Lunatic asylums Punjab 1895-1910 - 1895-1910
Year: 1895
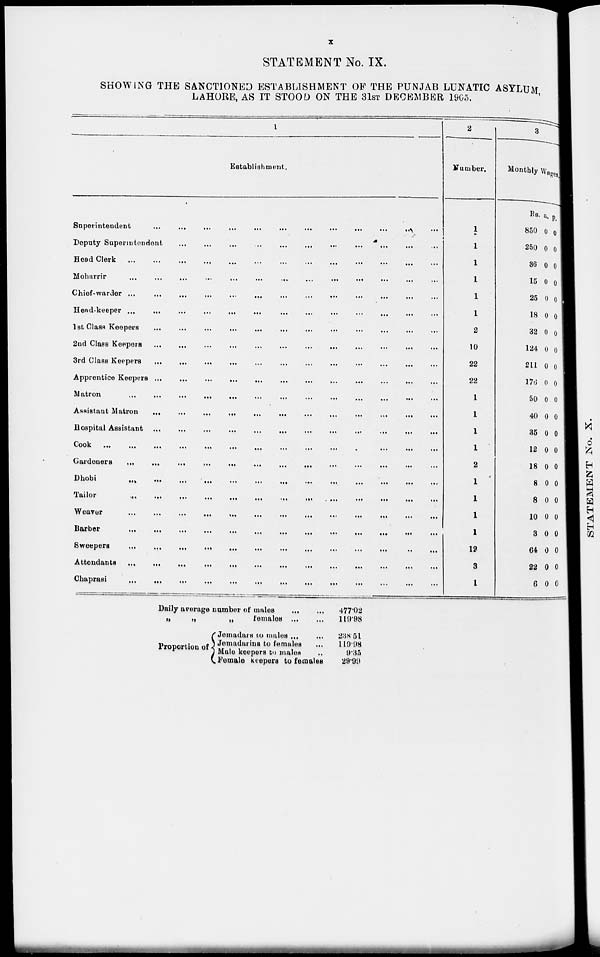
x
STATEMENT No. IX.
SHOWING THE SANCTIONED ESTABLISHMENT OF THE PUNJAB LUNATIC ASYLUM,
LAHORE, AS IT STOOD ON THE 31 ST DECEMBER 1905.
1
Establishment.
Superintendent ... ... ... ... ... ... ... ... ... ...
Deputy Superintendent ... ... ... ... ... ... ... ... ... ...
Head Clerk ... ... ... ... ... ... ... ... ... ...
Moharrir ... ... ... ... ... ... ... ... ... ...
Chief-warder
...
...
...
...
...
...
...
...
...
...
Head-keeper
...
...
...
...
...
...
...
...
...
...
1st Clasa Keepers
...
...
...
...
...
...
...
...
...
...
2nd Class Keepers
...
...
...
...
...
...
...
...
...
...
3rd Class Keepers
...
...
...
...
...
...
...
...
...
...
Apprentice Keepers
...
...
...
...
...
...
...
...
...
...
Matron
...
...
...
...
...
...
...
...
...
...
Assistant Matron
...
...
...
...
...
...
...
...
...
...
Hospital Assistant
...
...
...
...
...
...
...
...
...
...
Cook ... ... ... ... ... ... ... ... ... ...
Gardeners
...
...
...
...
...
...
...
...
...
...
Dhobi ... ... ... ... ... ... ... ... ... ...
Tailor
...
...
...
...
...
...
...
...
...
...
Weaver
...
...
...
...
...
...
...
...
...
...
Barber
...
...
...
...
...
...
...
...
...
...
Sweepers
...
...
...
...
...
...
...
...
...
...
Attendants
...
...
...
...
...
...
...
...
...
...
Chaprasi
...
...
...
...
...
...
...
...
...
...
2
Number.
1
1
1
1
1
1
2
10
22
22
1
1
1
1
1
1
1
1
1
12
3
1
3
Monthly Wages
Rs.
850
250
36
15
25
18
32
124
211
176
50
40
35
12
18
8
8
10
3
64
22
6
a.
0
0
0
0
0
0
0
0
0
0
0
0
0
0
0
0
0
0
0
0
0
0
p.
0
0
0
0
0
0
0
0
0
0
0
0
0
0
0
0
0
0
0
0
0
0
Daily average number of males
...
...
„ „ „ females ...
...
Proportion of
Jemadars to males ... ...
Jemadarins to females
...
Male keepers to males ...
Female keepers to females
477.02
119.98
238.51
119.98
9.35
29.99